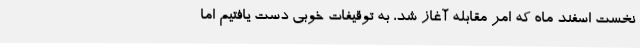
نخست اسفند ماه که امر مقابله آغاز شد، به توقیفات خوبی دست یافتیم اما